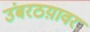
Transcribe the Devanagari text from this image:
उंबरठय़ावर